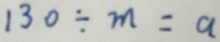
1 3 0 \div m = a